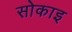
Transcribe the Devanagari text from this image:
सोकाइ